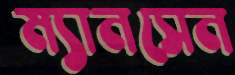
ম্যানসেন